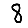
Digit: 8